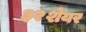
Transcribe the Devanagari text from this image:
३२शेयर